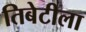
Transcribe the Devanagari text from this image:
तिबेटीला